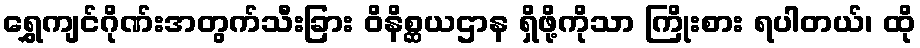
ရွှေကျင်ဂိုဏ်းအတွက်သီးခြား ဝိနိစ္ဆယဌာန ရှိဖို့ကိုသာ ကြိုးစား ရပါတယ်၊ ထို